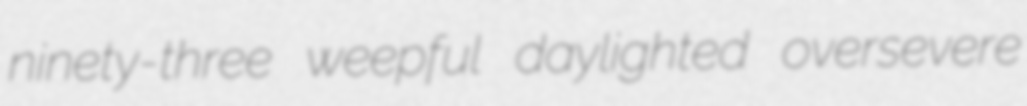
ninety-three weepful daylighted oversevere